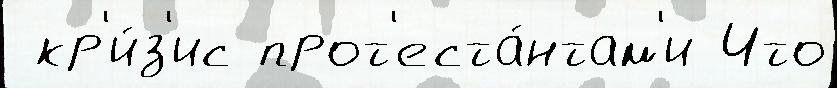
 кр'и́з'ис прот'еста́нтам'и Что